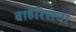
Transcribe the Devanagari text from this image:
बाहेरिसंचा